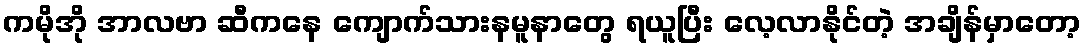
ကမိုအို အာလဗာ ဆီကနေ ကျောက်သားနမူနာတွေ ရယူပြီး လေ့လာနိုင်တဲ့ အချိန်မှာတော့